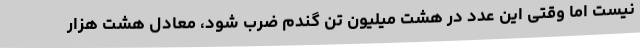
نیست اما وقتی این عدد در هشت میلیون تن گندم ضرب شود، معادل هشت هزار